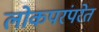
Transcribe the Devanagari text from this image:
लोकपरंपरेत